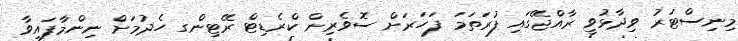
މިނިސްޓަރު ވިދާޅުވީ ރާއްޖޭގައި ފުރަތަމަ ފަހަރަށް ސޮވެރިން ކްރެޑިޓް ރޭޓިންގ ހެދުމަށް ނިންމާފައިވާ